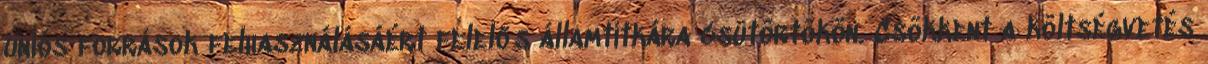
uniós források felhasználásáért felelős államtitkára csütörtökön. Csökkent a költségvetés